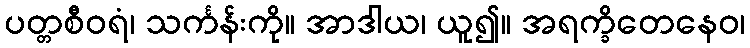
ပတ္တစီဝရံ၊ သင်္ကန်းကို။ အာဒါယ၊ ယူ၍။ အရက္ခိတေနေဝ၊